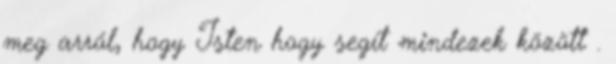
meg arról, hogy Isten hogy segít mindezek között .